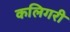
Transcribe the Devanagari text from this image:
कलिगरी